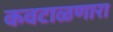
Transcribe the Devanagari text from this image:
कवटाळणारा